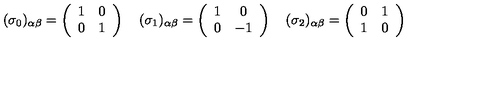
( \sigma _ { 0 } ) _ { \alpha \beta } = \left( \begin{array} { c c } { 1 } & { 0 } \\ { 0 } & { 1 } \\ \end{array} \right) \quad ( \sigma _ { 1 } ) _ { \alpha \beta } = \left( \begin{array} { c c } { 1 } & { 0 } \\ { 0 } & { - 1 } \\ \end{array} \right) \quad ( \sigma _ { 2 } ) _ { \alpha \beta } = \left( \begin{array} { c c } { 0 } & { 1 } \\ { 1 } & { 0 } \\ \end{array} \right)